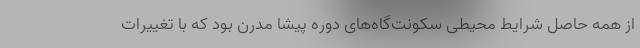
از همه حاصل شرایط محیطی سکونت‌گاه‌های دوره پیشا مدرن بود که با تغییرات